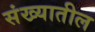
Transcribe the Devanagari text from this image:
संख्यातील